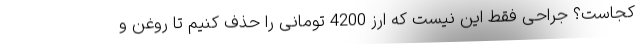
کجاست؟ جراحی فقط این نیست که ارز 4200 تومانی را حذف کنیم تا روغن و